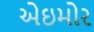
એઇમોર